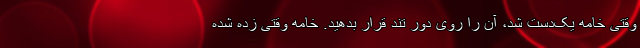
وقتی خامه یک‌دست شد، آن را روی دور تند قرار بدهید. خامه وقتی زده شده